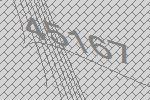
45167